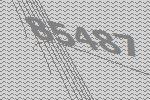
85487